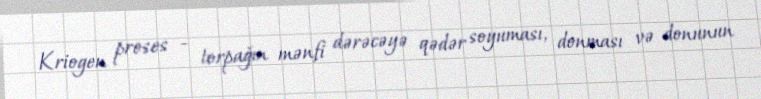
Kriogen proses - torpağın mənfi dərəcəyə qədər soyuması, donması və donunun